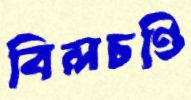
বিলচণ্ডি